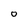
Character: 0